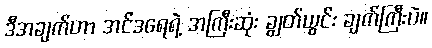
ဒီအချက်ဟာ အင်ဒရေရဲ့ အကြီးဆုံး ချွတ်ယွင်း ချက်ကြီးပဲ။